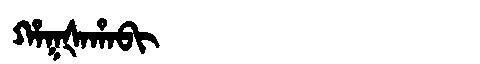
Manchu: ᡥᠠᡴᡧᠠᡥᠠᠪᡳ
Romanization: HAKŠAHABI